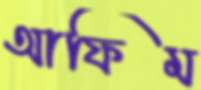
আফিম